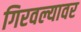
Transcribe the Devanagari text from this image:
गिरवल्यावर